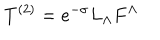
T ^ { ( 2 ) } = e ^ { - \sigma } L _ { \Lambda } F ^ { \Lambda }